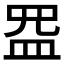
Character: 𰤺